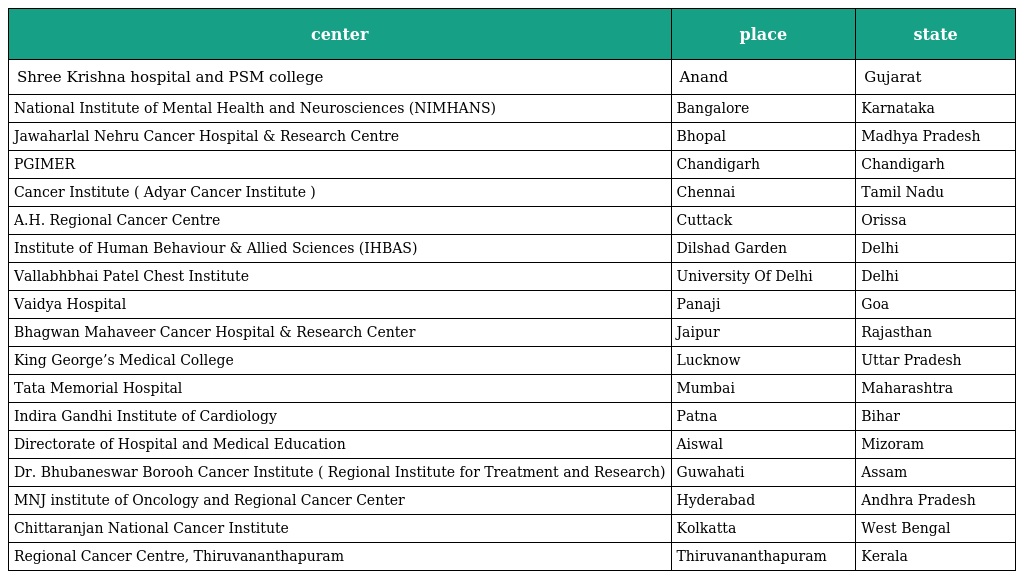
| center | place | state |
 | --- | --- | --- |
 | Shree Krishna hospital and PSM college | Anand | Gujarat |
 | National Institute of Mental Health and Neurosciences (NIMHANS) | Bangalore | Karnataka |
 | Jawaharlal Nehru Cancer Hospital & Research Centre | Bhopal | Madhya Pradesh |
 | PGIMER | Chandigarh | Chandigarh |
 | Cancer Institute ( Adyar Cancer Institute ) | Chennai | Tamil Nadu |
 | A.H. Regional Cancer Centre | Cuttack | Orissa |
 | Institute of Human Behaviour & Allied Sciences (IHBAS) | Dilshad Garden | Delhi |
 | Vallabhbhai Patel Chest Institute | University Of Delhi | Delhi |
 | Vaidya Hospital | Panaji | Goa |
 | Bhagwan Mahaveer Cancer Hospital & Research Center | Jaipur | Rajasthan |
 | King George’s Medical College | Lucknow | Uttar Pradesh |
 | Tata Memorial Hospital | Mumbai | Maharashtra |
 | Indira Gandhi Institute of Cardiology | Patna | Bihar |
 | Directorate of Hospital and Medical Education | Aiswal | Mizoram |
 | Dr. Bhubaneswar Borooh Cancer Institute ( Regional Institute for Treatment and Research) | Guwahati | Assam |
 | MNJ institute of Oncology and Regional Cancer Center | Hyderabad | Andhra Pradesh |
 | Chittaranjan National Cancer Institute | Kolkatta | West Bengal |
 | Regional Cancer Centre, Thiruvananthapuram | Thiruvananthapuram | Kerala |